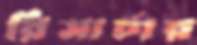
রিসার্চার